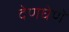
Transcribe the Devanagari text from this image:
देणघेणे